Report on lock hospitals in British Burma
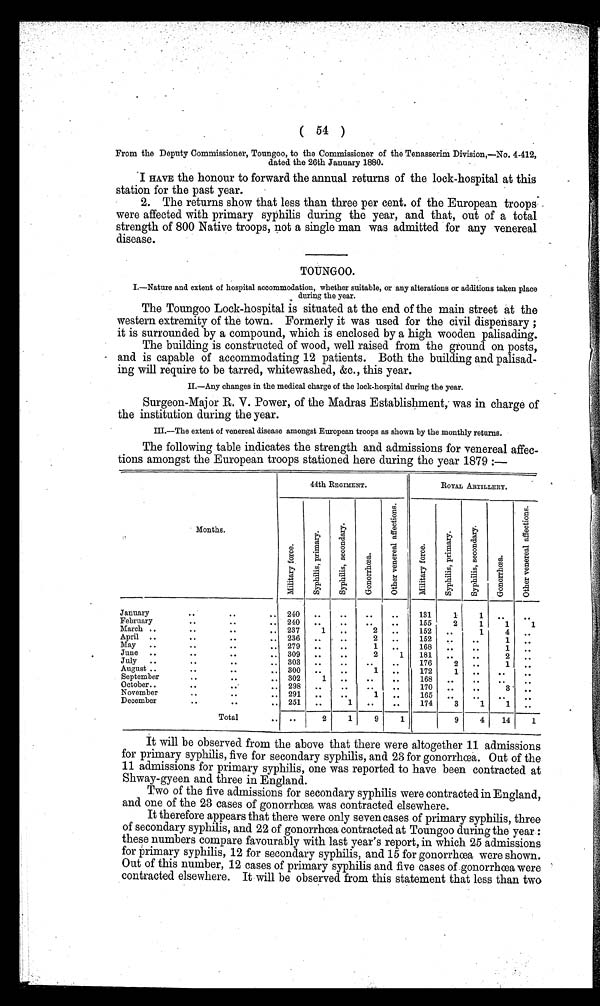
( 54 )
From the Deputy Commissioner, Toungoo, to the Commissioner of the Tenasserim Division,—No. 4-412,
dated the 26th January 1880.
I HAVE the honour to forward the annual returns of the lock-hospital at this
station for the past year.
2. The returns show that less than three per cent. of the European troops
were affected with primary syphilis during the year, and that, out of a total
strength of 800 Native troops, not a single man was admitted for any venereal
disease.
TOUNGOO.
I.—Nature and extent of hospital accommodation, whether suitable, or any alterations or additions taken place
during the year.
The Toungoo Lock-hospital is situated at the end of the main street at the
western extremity of the town. Formerly it was used for the civil dispensary;
it is surrounded by a compound, which is enclosed by a high wooden palisading.
The building is constructed of wood, well raised from the ground on posts,
and is capable of accommodating 12 patients. Both the building and palisad-
ing will require to be tarred, whitewashed, &c., this year.
II.—Any changes in the medical charge of the lock-hospital during the year.
Surgeon-Major R. V. Power, of the Madras Establishment, was in charge of
the institution during the year.
III.—The extent of venereal disease amongst European troops as shown by the monthly returns.
The following table indicates the strength and admissions for venereal affec-
tions amongst the European troops stationed here during the year 1879 :—
44th REGIMENT.
ROYAL ARTILLERY.
Months.
M i l i t a r y f o r c e .
S y p h i l i s , p r i m a r y .
S y p h i l i s , s e c o n d a r y .
G o n o r r h œ a .
O t h e r v e n e r a l a f f e c t i o n .
M i l i t a r y f o r c e .
S y p h i l i s , p r i m a r y .
S y p h i l i s , s e c o n d .
G o n o r r h œ a .
O t h e r v e n e r e a l a f f e c t i o n s .
January..
. .
..
..
240
..
..
. .
. .
131
1
1
..
. .
February..
. . . .
. .
..
240
..
. .
. .
..
155
1
1
1
March ..
..
..
.. 237
1
. .
2
..
152
..
1
4
..
April ...
. .
..
..
236
..
..
2
..
152
..
1
..
May
..
..
..
.. 279
..
..
1
..
168
..
..
1
..
June ..
..
.. 309
..
..
2
1
181
. .
..
2
. .
July
..
..
..
.. 303
..
..
. .
. .
176
2
..
1
..
August ..
..
..
.. 300
..
..
1
..
172
1
..
..
..
September
. .
..
..
302
1
..
..
..
168
..
..
. .
. .
October..
. .
. .
..
298
..
..
..
. .
170
..
..
3 '
. .
November
. .
..
. . 291
..
..
1
..
165
..
. .
..
..
December
..
.. 251
. .
1
..
. .
174
3
1
1
..
Total
. .
. .
2
1
9
1
9
4
14
1
It will be observed from the above that there were altogether 11 admissions
for primary syphilis, five for secondary syphilis, and 23 for gonorrhœa. Out of the
11 admissions for primary syphilis, one was reported to have been contracted at
Shway-gyeen and three in England.
Two of the five admissions for secondary syphilis were contracted in England,
and one of the 23 cases of gonorrhœa was contracted elsewhere.
It therefore appears that there were only seven cases of primary syphilis, three
of secondary syphilis, and 22 of gonorrhœa contracted at Toungoo during the year:
these numbers compare favourably with last year's report, in which 25 admissions
for Primary syphilis, 12 for secondary syphilis, and 15 for gonorrhœa were shown.
Out of this number, 12 cases of primary syphilis and five cases of gonorrhœa were
contracted elsewhere. It will be observed from this statement that less than two